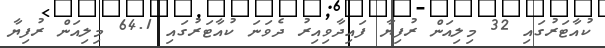
ކުއާޓަރުގައި 32 މިލިއަން ރުފިޔާ ފައިދާވިއިރު ދެވަނަ ކުއާޓަރުގައި 64.1 މިލިއަން ރުފިޔާ